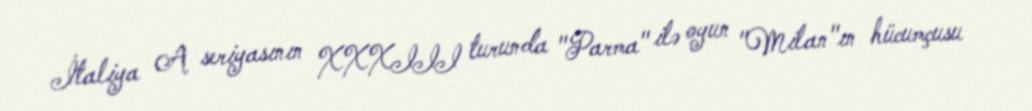
İtaliya A seriyasının XXXIII turunda "Parma" ilə oyun "Milan"ın hücumçusu